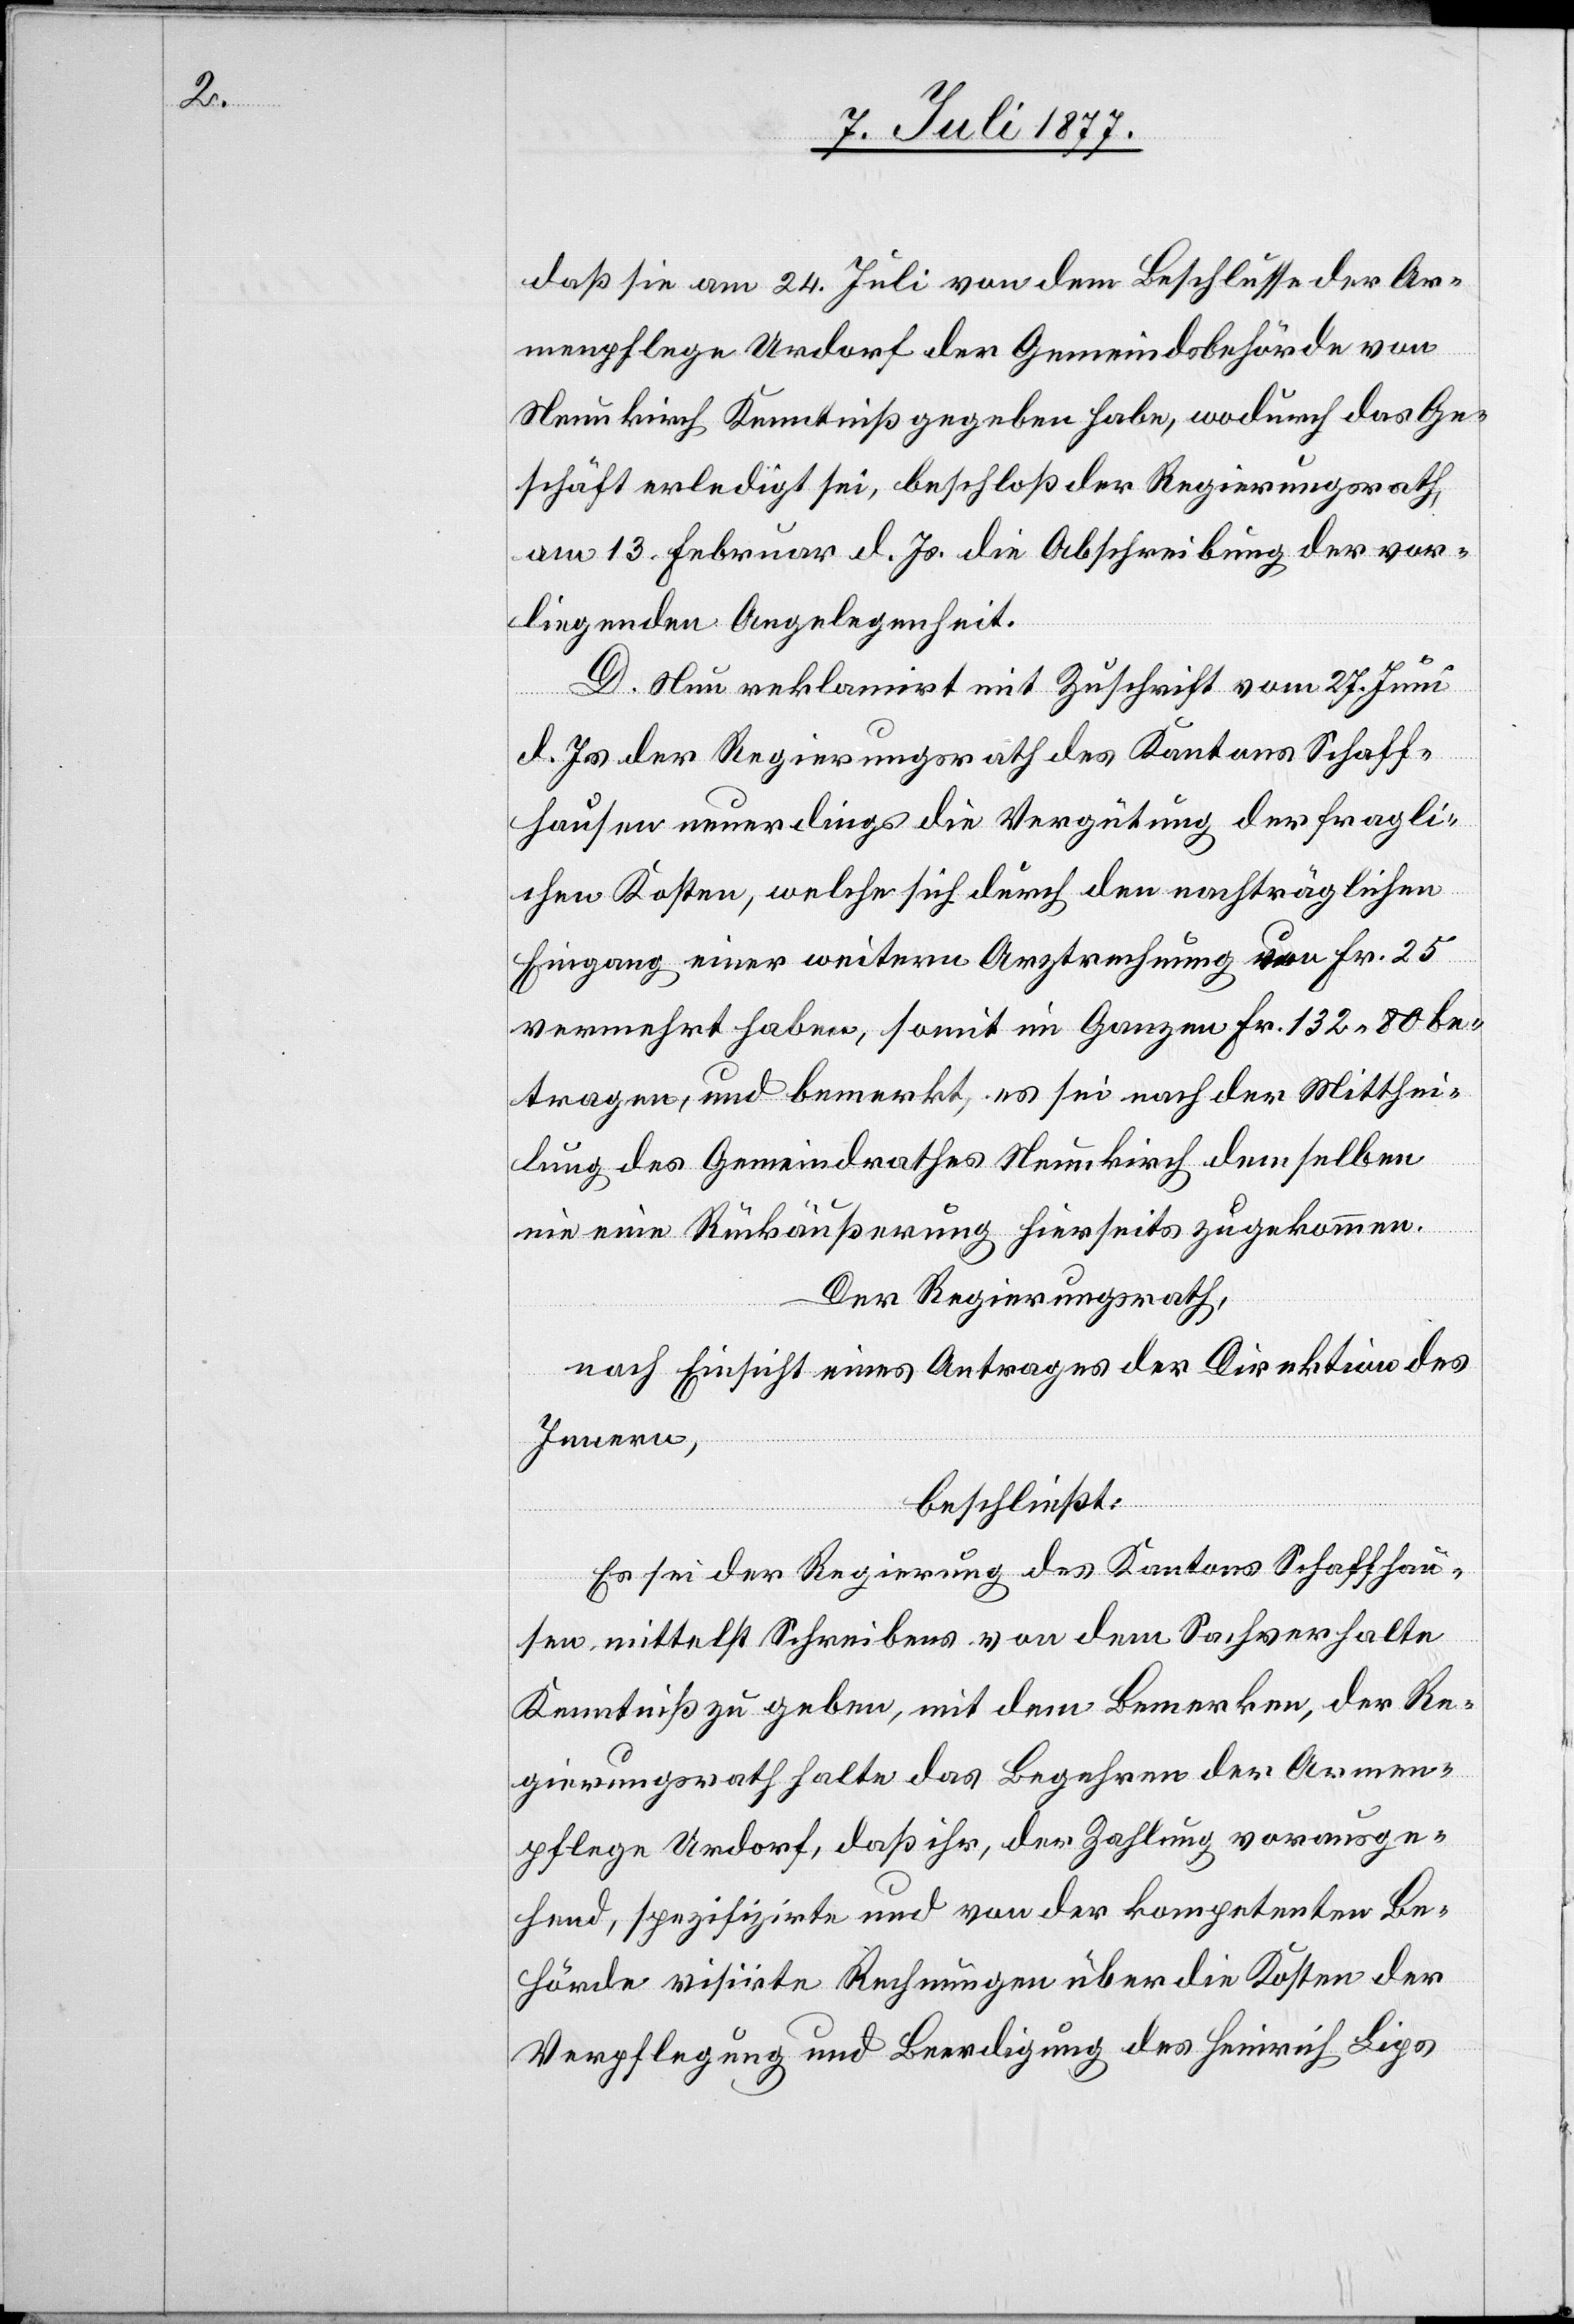
daß sie am 24. Juli von dem Beschlusse der Ar¬
menpflege Urdorf der Gemeindsbehörde von
Neunkirch Kenntniß gegeben habe, wodurch das Ge¬
schäft erledigt sei, beschloß der Regierungsrath,
am 13. Februar d. Js. die Abschreibung der vor¬
liegenden Angelegenheit.
D. Nun reklamirt mit Zuschrift vom 27. Juni
d. Js. der Regierungsrath des Kantons Schaff¬
hausen neuerdings die Vergütung der fragli¬
chen Kosten, welche sich durch den nachträglichen
Eingang einer weitern Arztrechnung von Fr. 25
vermehret haben, somit im Ganzen Fr. 132.80 be¬
tragen, und bemerkt, es sei nach der Mitthei¬
lung des Gemeindrathes Neunkirch demselben
nie eine Rückäußerung hierseits zugekommen.
Der Regierungsrath,
nach Einsicht eines Antrages der Direktion des
Innern,
beschließt:
Es sei der Regierung des Kantons Schaffhau¬
sen mittelst Schreibens von dem Sachverhalte
Kenntniß zu geben, mit dem Bemerken, der Re¬
gierungsrath halte das Begehren der Armen¬
pflege Urdorf, daß ihr, der Zahlung vorausge¬
hend, spezifizirte und von der kompetenten Be¬
hörde visirte Rechnungen über die Kosten der
Verpflegung und Beerdigung des Heinrich Lips